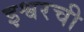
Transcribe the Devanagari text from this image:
इश्वरची